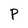
Character: P